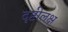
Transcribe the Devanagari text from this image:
दृष्टीलक्ष